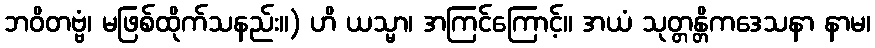
ဘဝိတဗ္ဗံ၊ မဖြစ်ထိုက်သနည်း။) ဟိ ယသ္မာ၊ အကြင်ကြောင့်။ အယံ သုတ္တန္တိကဒေသနာ နာမ၊